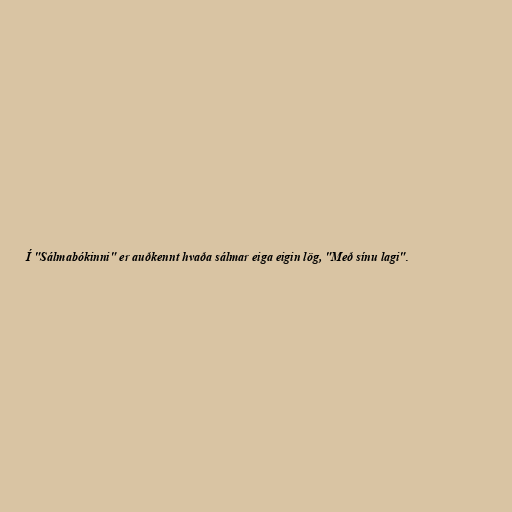
Í "Sálmabókinni" er auðkennt hvaða sálmar eiga eigin lög, "Með sínu lagi".